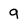
Character: 9